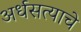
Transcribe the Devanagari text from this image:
अर्धसत्याचे